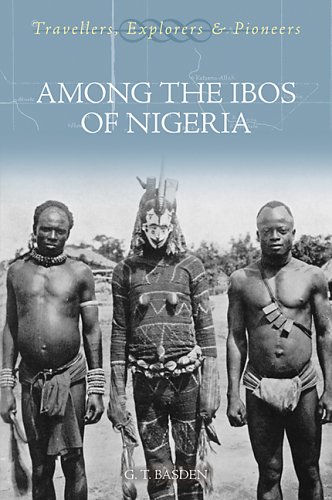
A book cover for Among the Ibos of Nigeria (Travellers, Explorers & Pioneers); G.T. Basden; History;